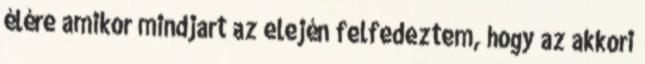
élére amikor mindjart az elején felfedeztem, hogy az akkori